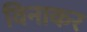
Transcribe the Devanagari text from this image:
विनाकर